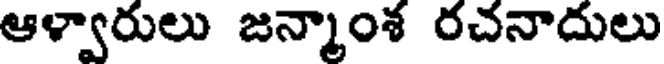
ఆళ్వారులు జన్మాంశ రచనాదులు